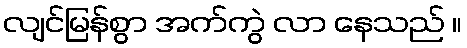
လျင်မြန်စွာ အက်ကွဲ လာ နေသည် ။